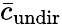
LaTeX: \bar{c}_{\mathrm{undir}}